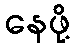
နေဖို့